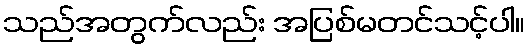
သည်အတွက်လည်း အပြစ်မတင်သင့်ပါ။